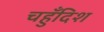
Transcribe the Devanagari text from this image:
चहुँदिश